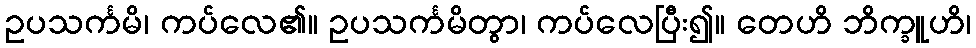
ဥပသင်္ကမိ၊ ကပ်လေ၏။ ဥပသင်္ကမိတွာ၊ ကပ်လေပြီး၍။ တေဟိ ဘိက္ခူဟိ၊